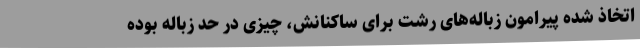
اتخاذ شده پیرامون زباله‌های رشت برای ساکنانش، چیزی در حد زباله‌ بوده